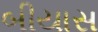
બીયાસ